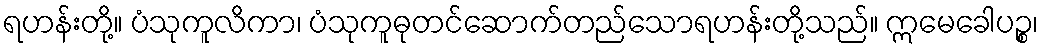
ရဟန်းတို့။ ပံသုကူလိကာ၊ ပံသုကူဓုတင်ဆောက်တည်သောရဟန်းတို့သည်။ ဣမေခေါပဉ္စ၊